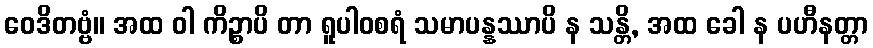
ဝေဒိတဗ္ဗံ။ အထ ဝါ ကိဉ္စာပိ တာ ရူပါဝစရံ သမာပန္နဿာပိ န သန္တိ, အထ ခေါ န ပဟီနတ္တာ